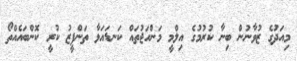
މިއަދުގެ ޒުވާނުން ބިނާ ކުރުމުގެ އިލްމީ މަންހަޖުތައް ކަނޑައަޅާ ތަންފީޒު ކުރީ ކޮންބައެއްތޯ